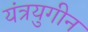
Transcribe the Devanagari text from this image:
यंत्रयुगीन